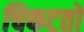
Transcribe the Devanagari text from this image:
चिकटतो